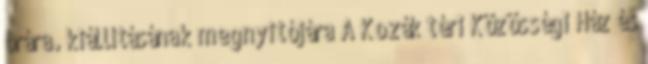
órára. kiállításának megnyitójára A Kozák téri Közösségi Ház és